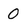
Character: 0